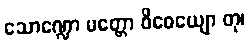
သောဏ္ဍော မတ္တော ဝိဓေယျော တု၊